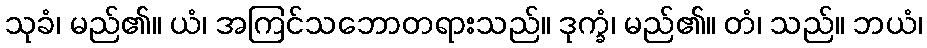
သုခံ၊ မည်၏။ ယံ၊ အကြင်သဘောတရားသည်။ ဒုက္ခံ၊ မည်၏။ တံ၊ သည်။ ဘယံ၊